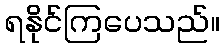
ရနိုင်ကြပေသည်။